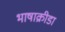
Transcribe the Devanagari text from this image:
भाषाक्रीडा